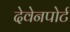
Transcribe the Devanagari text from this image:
देवेनपोर्ट